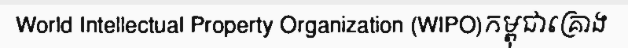
World Intellectual Property Organization (WIPO)កម្ពុជាគ្រោង